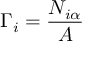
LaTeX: \Gamma _ { i } = { \frac { N _ { i \alpha } } { A } }